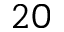
2 0